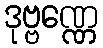
ဒုဗ္ဗဏ္ဏေ